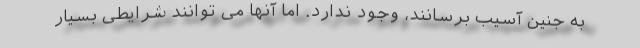
به جنین آسیب برسانند، وجود ندارد. اما آنها می توانند شرایطی بسیار